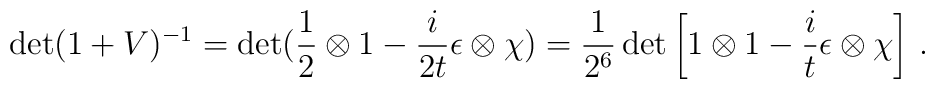
\det(1+V)^{-1}=\det(\frac{1}{2}\otimes 1-\frac{i}{2t}\epsilon\otimes\chi)=\frac{1}{2^6}\det\left[1\otimes 1-\frac{i}{t}\epsilon\otimes\chi\right]\, .